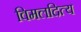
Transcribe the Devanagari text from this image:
विमलदित्य